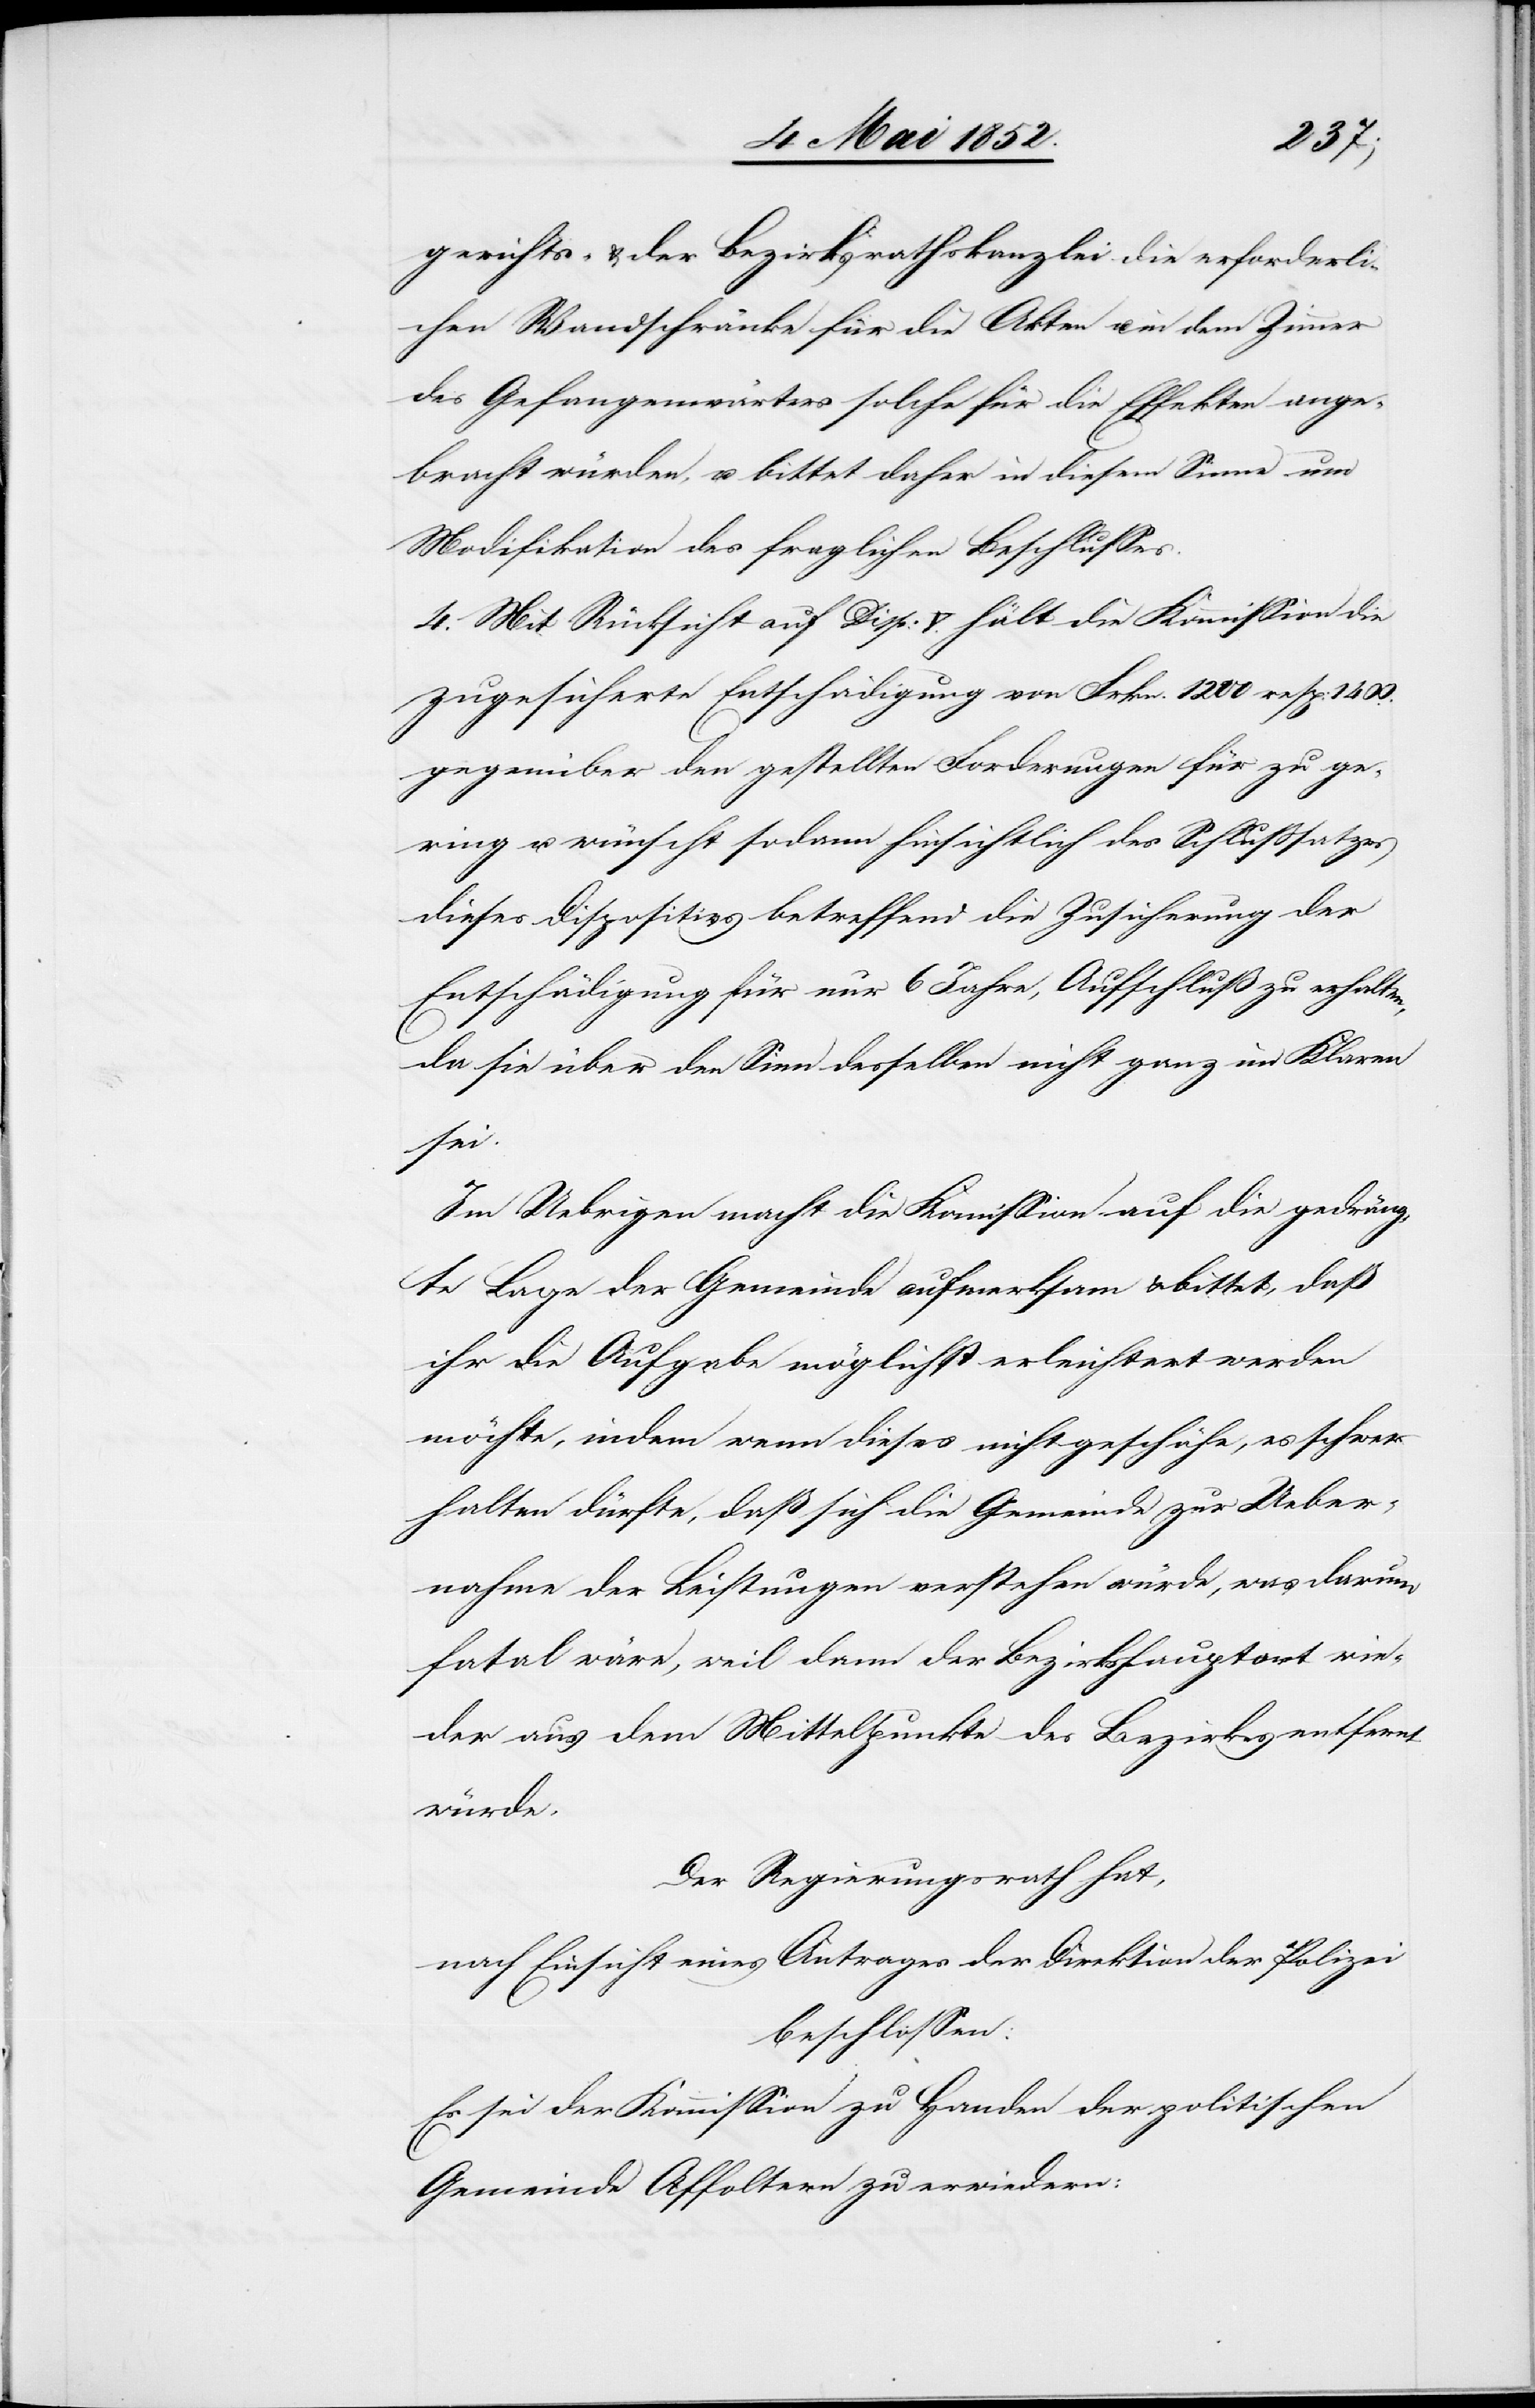
gerichts- & der Bezirksrathskanzlei die erforderli¬
chen Wandschränke für die Akten u. in dem Zimmer
des Gefangenwärters solche für die Effekten ange¬
bracht würden, u. bittet daher in diesem Sinne um
Modifikation des fraglichen Beschlusses.
4. Mit Rücksicht auf Disp: V. hält die Kommission die
zugesicherte Entschädigung von Frkn. 1200 resp:
gegenüber den gestellten Forderungen für zu ge¬
ring u. wünscht sodann hinsichtlich des Schlusssatzes
dieses Dispositivs betreffend die Zusicherung der
Entschädigung für nur 6 Jahre, Aufschluß zu erhalten,
da sie über den Sinn desselben nicht ganz im Klaren
sei.
Im Uebrigen macht die Kommission auf die gedräng¬
te Lage der Gemeinde aufmerksam & bittet, daß
ihr die Aufgabe möglichst erleichtert werden
möchte, indem wenn dieses nicht geschähe, es schwer
halten dürfte, daß sich die Gemeinde zur Ueber¬
nahme der Leistungen verstehen würde, was darum
fatal wäre, weil dann der Bezirkshauptort wie¬
der aus dem Mittelpunkte des Bezirkes entfernt
würde.
Der Regierungsrath hat,
nach Einsicht eines Antrages der Direktion der Polizei
beschlossen:
Es sei der Kommission zu Handen der politischen
Gemeinde Affoltern zu erwiedern: